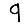
Digit: 9